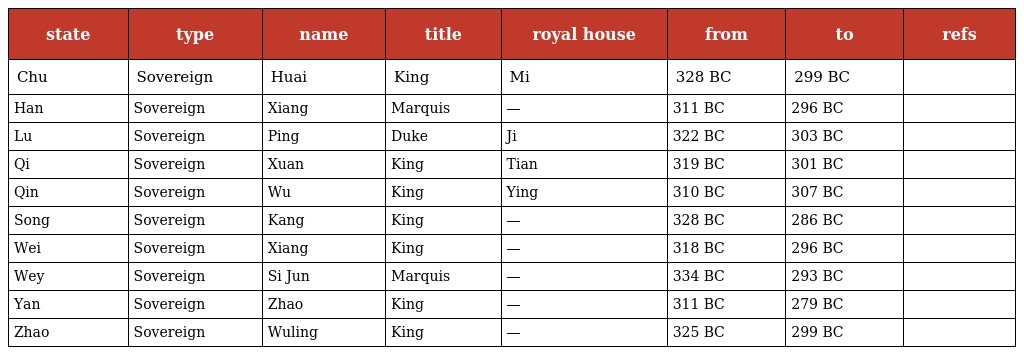
| state | type | name | title | royal house | from | to | refs |
 | --- | --- | --- | --- | --- | --- | --- | --- |
 | Chu | Sovereign | Huai | King | Mi | 328 BC | 299 BC |  |
 | Han | Sovereign | Xiang | Marquis | — | 311 BC | 296 BC |  |
 | Lu | Sovereign | Ping | Duke | Ji | 322 BC | 303 BC |  |
 | Qi | Sovereign | Xuan | King | Tian | 319 BC | 301 BC |  |
 | Qin | Sovereign | Wu | King | Ying | 310 BC | 307 BC |  |
 | Song | Sovereign | Kang | King | — | 328 BC | 286 BC |  |
 | Wei | Sovereign | Xiang | King | — | 318 BC | 296 BC |  |
 | Wey | Sovereign | Si Jun | Marquis | — | 334 BC | 293 BC |  |
 | Yan | Sovereign | Zhao | King | — | 311 BC | 279 BC |  |
 | Zhao | Sovereign | Wuling | King | — | 325 BC | 299 BC |  |